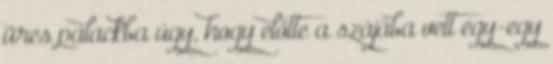
üres palackba úgy, hogy előtte a szájába vett egy-egy